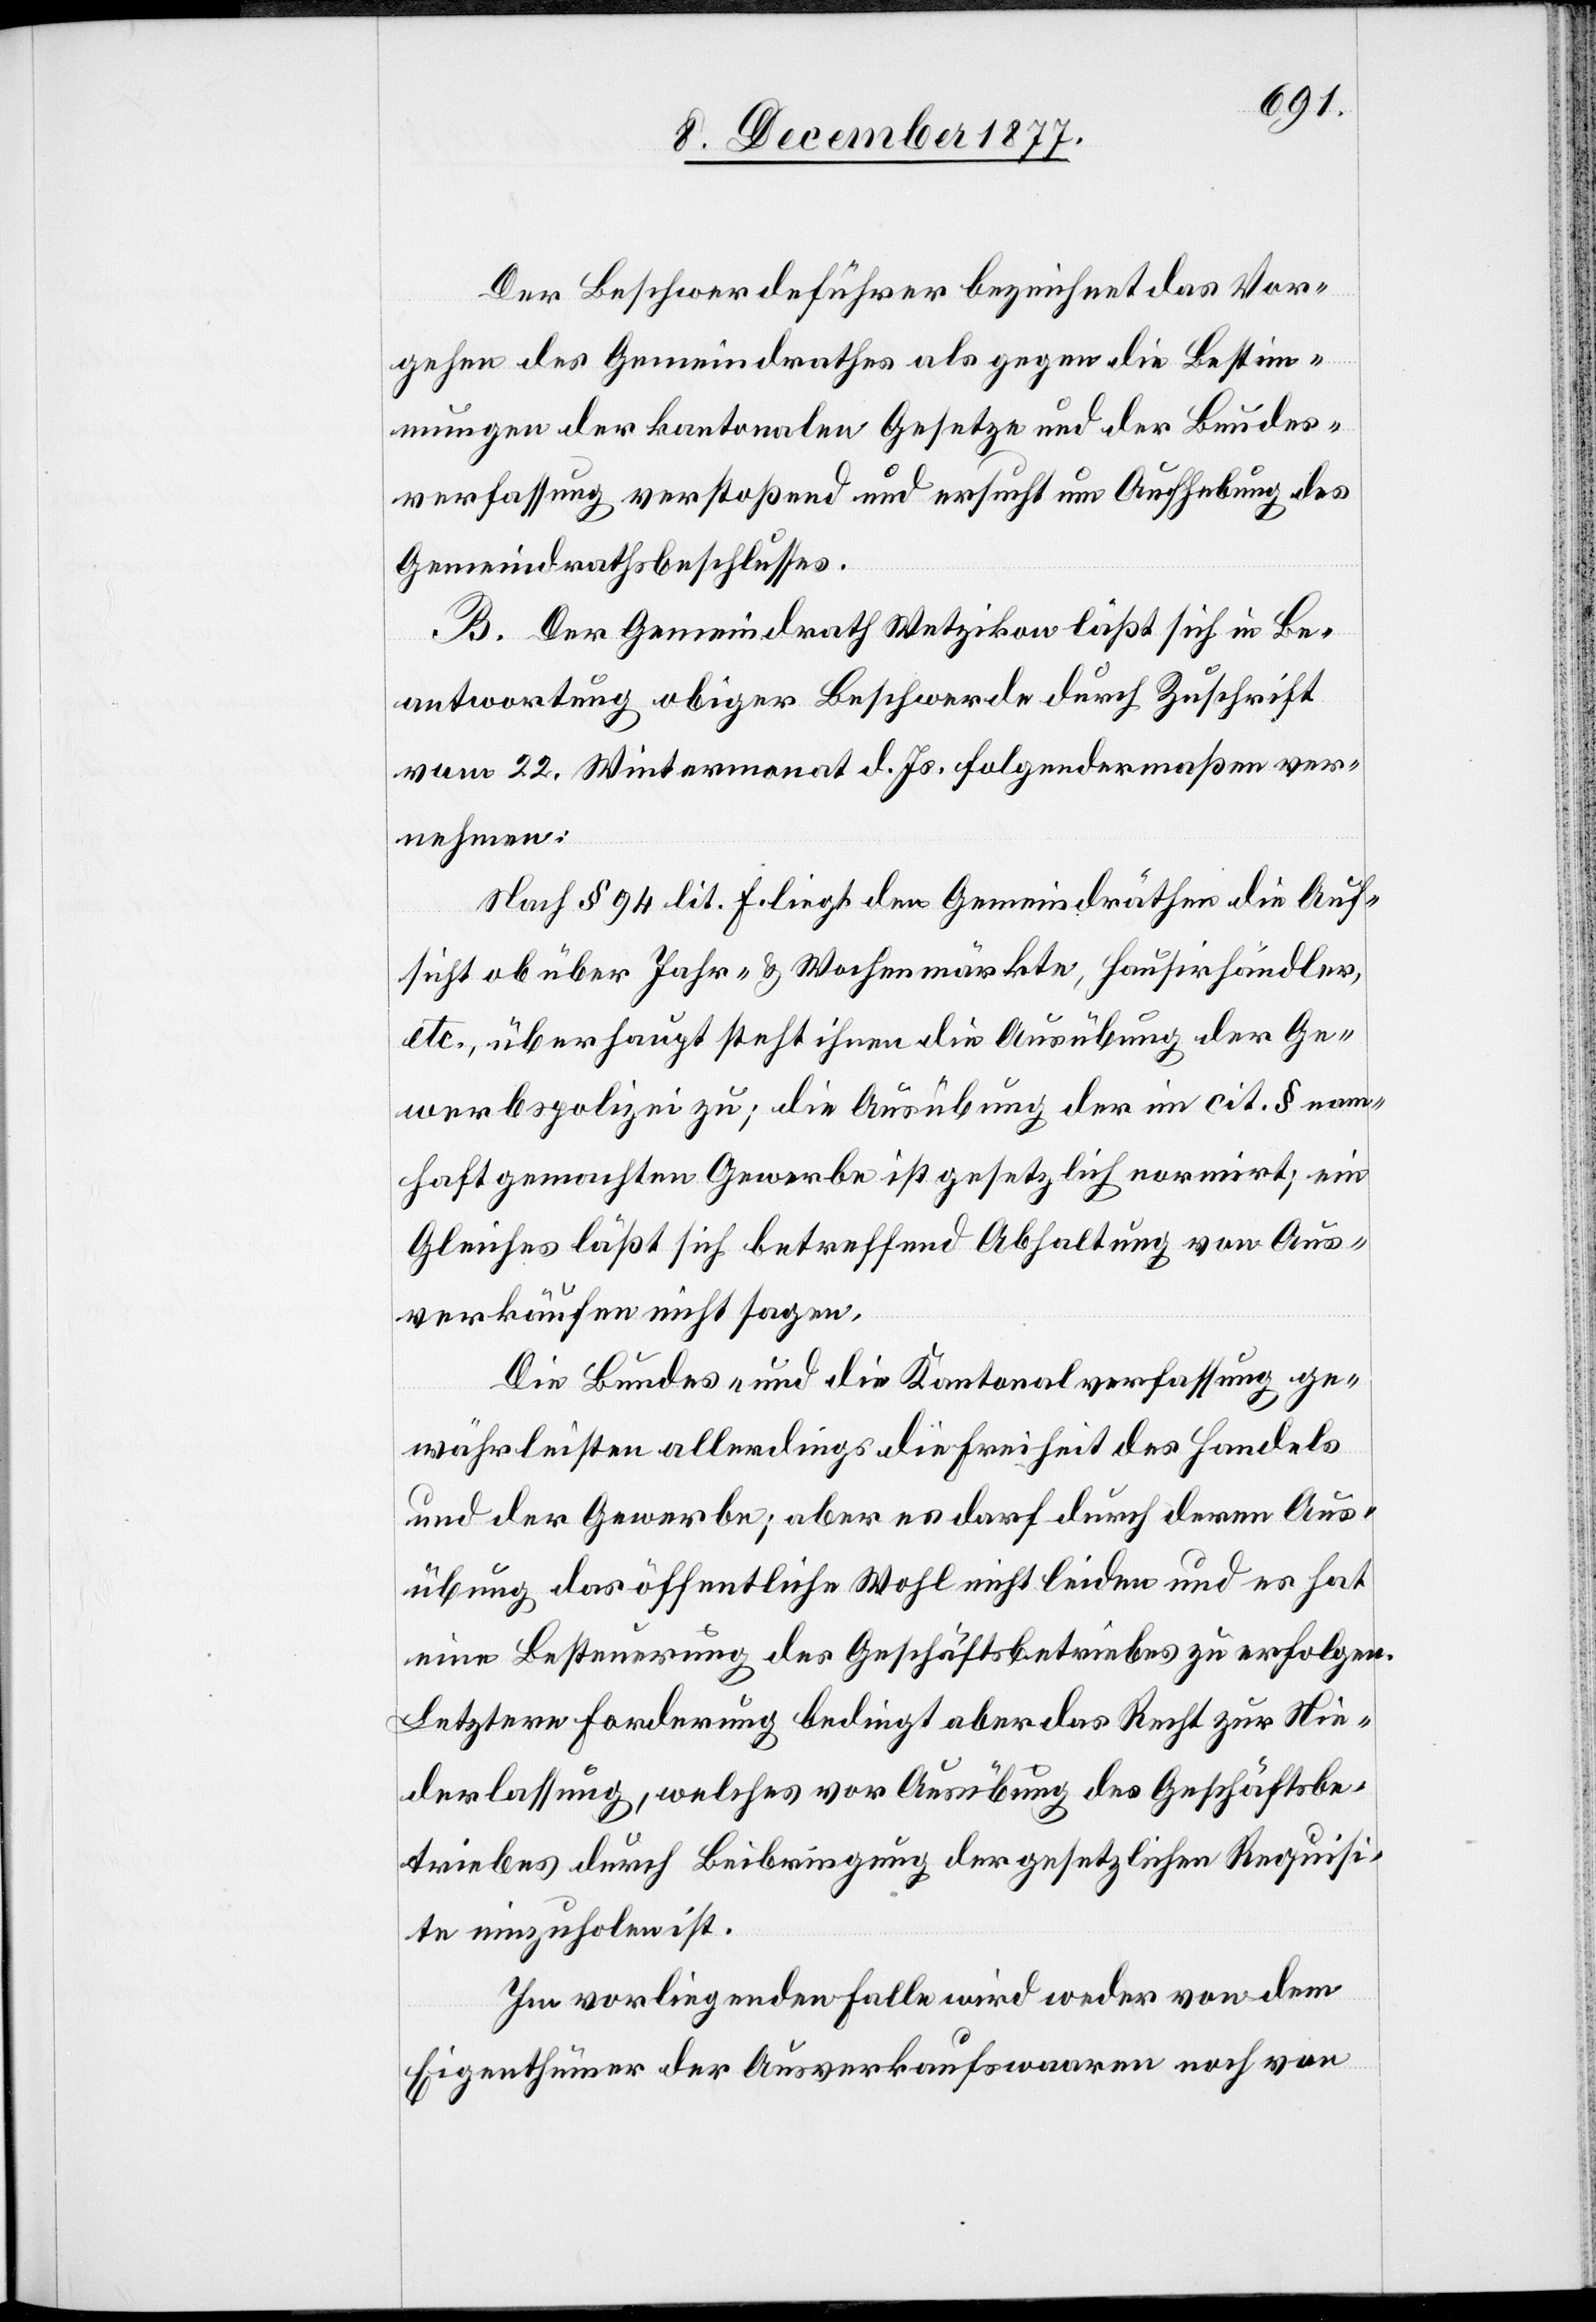
Der Beschwerdeführer bezeichnet das Vor¬
gehen des Gemeindrathes als gegen die Bestim¬
mungen der kantonalen Gesetze und der Bundes¬
verfassung verstoßend und ersucht um Aufhebung des
Gemeindrathsbeschlusses.
B. Der Gemeindrath Wetzikon läßt sich in Be¬
antwortung obiger Beschwerde durch Zuschrift
vom 22. Wintermonat d. Js. folgendermaßen ver¬
nehmen:
Nach § 94 lit. f. liegt den Gemeindräthen die Auf¬
sicht ob über Jahr- & Wochenmärkte, Hausirhändler,
etc., überhaupt steht ihnen die Ausübung der Ge¬
werbspolizei zu; die Ausübung der im cit. § nam¬
haft gemachten Gewerbe ist gesetzlich normirt; ein
Gleiches läßt sich betreffend Abhaltung von Aus¬
verkäufen nicht sagen.
Die Bundes- und die Kantonalverfassung ge¬
währleisten allerdings die Freiheit des Handels
und der Gewerbe; aber es darf durch deren Aus¬
übung das öffentliche Wohl nicht leiden und es hat
eine Besteuerung des Geschäftsbetriebes zu erfolgen.
Letztere Forderung bedingt aber das Recht zur Nie¬
derlassung, welches vor Ausübung des Geschäftsbe¬
triebes durch Beibringung der gesetzlichen Requisi¬
te einzuholen ist.
Im vorliegenden Falle wird weder von dem
Eigenthümer der Ausverkaufswaaren noch von